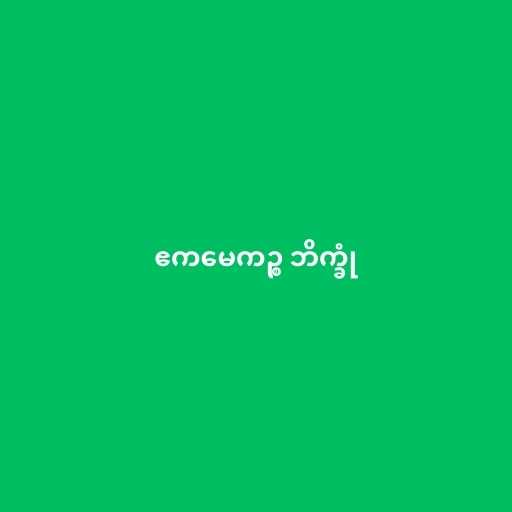
ဧကမေကဉ္စ ဘိက္ခုံ